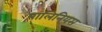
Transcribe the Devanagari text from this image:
पालिनियस